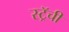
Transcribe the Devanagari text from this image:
स्ट्रॅची